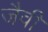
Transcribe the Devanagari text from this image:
जैवी